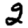
Digit: 2